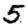
Digit: 5